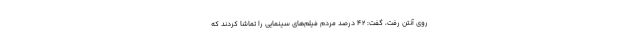
روی آنتن رفت، گفت: ۴۲ درصد مردم فیلم‌های سینمایی را تماشا کردند که